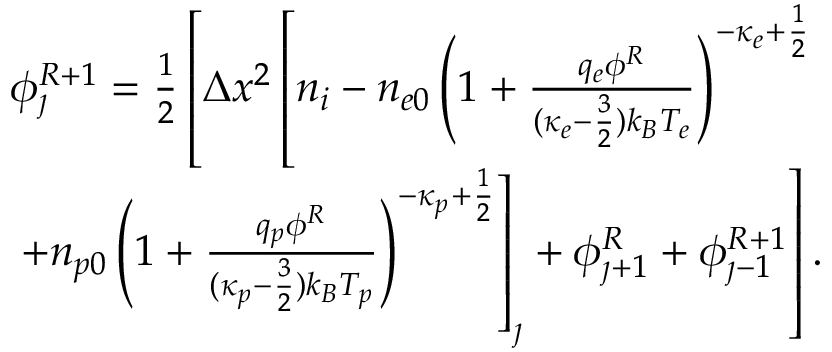
\begin{array} { r } { \phi _ { \jmath } ^ { R + 1 } = \frac { 1 } { 2 } \left[ \Delta x ^ { 2 } \left[ n _ { i } - n _ { e 0 } \left( 1 + \frac { q _ { e } \phi ^ { R } } { ( \kappa _ { e } - \frac { 3 } { 2 } ) k _ { B } T _ { e } } \right) ^ { - \kappa _ { e } + \frac { 1 } { 2 } } \right. \right. } \\ { \left. \left. + n _ { p 0 } \left( 1 + \frac { q _ { p } \phi ^ { R } } { ( \kappa _ { p } - \frac { 3 } { 2 } ) k _ { B } T _ { p } } \right) ^ { - \kappa _ { p } + \frac { 1 } { 2 } } \right] _ { \jmath } + \phi _ { \jmath + 1 } ^ { R } + \phi _ { \jmath - 1 } ^ { R + 1 } \right] . } \end{array}